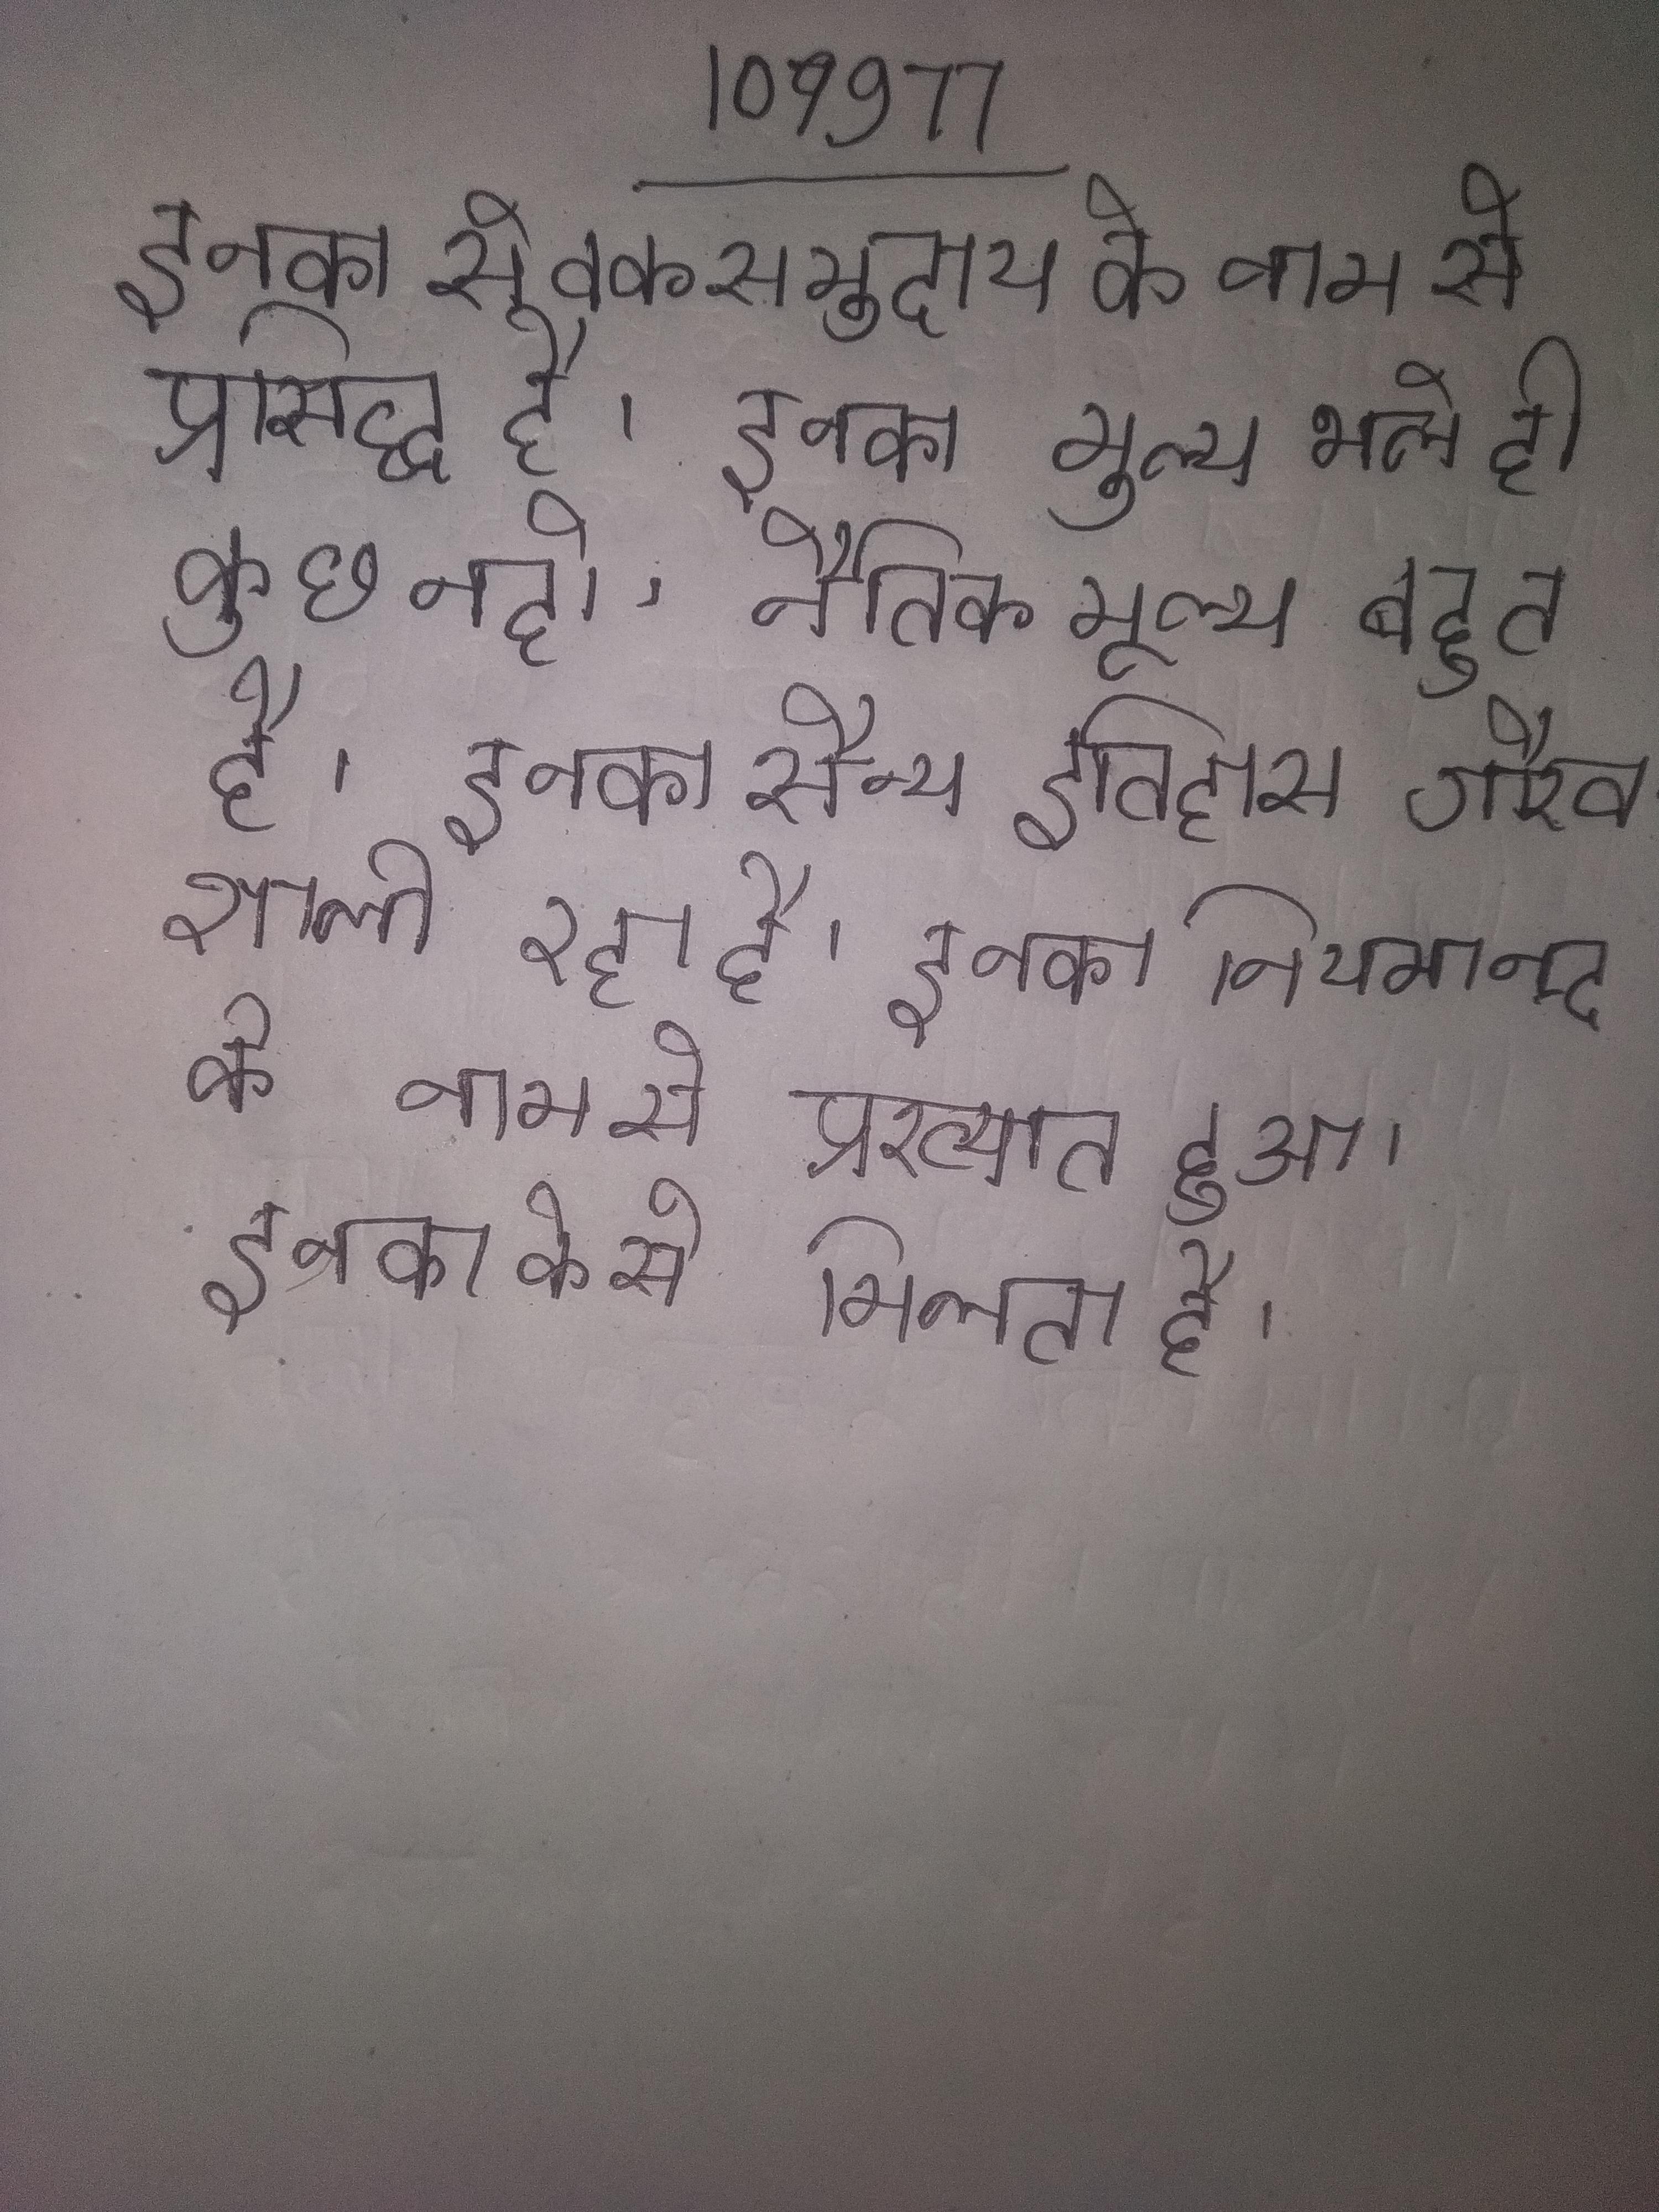
इनका सेवकसमुदाय के नाम से प्रसिद्ध है । इनका मूल्य भले ही कुछ न हो, नैतिक मूल्य बहुत है । इनका सैन्य इतिहास गौरवशाली रहा है । इनका नियमानन्द के नाम से प्रख्यात हुआ । इनका के से मिलता है ।